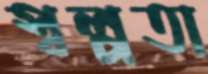
স্বল্পতা